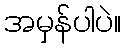
အမှန်ပါပဲ။